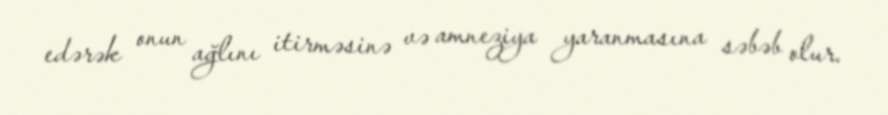
edərək onun ağlını itirməsinə və amneziya yaranmasına səbəb olur.